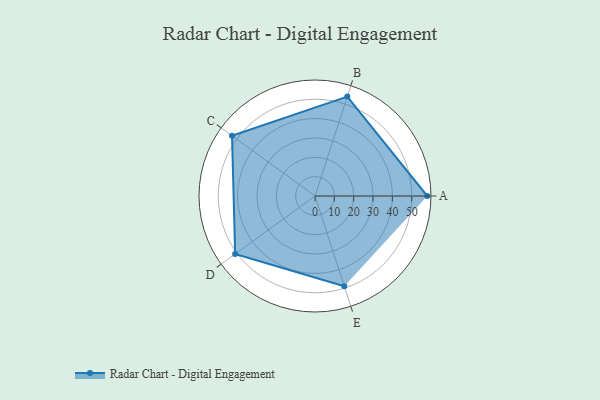
{"axis": {"x": "Skill", "y": "Score"}, "legend": ["Profile"], "data": [{"x": "A", "y": 58.0, "type": "Profile"}, {"x": "B", "y": 54.0, "type": "Profile"}, {"x": "C", "y": 53.0, "type": "Profile"}, {"x": "D", "y": 51.0, "type": "Profile"}, {"x": "E", "y": 49.0, "type": "Profile"}]}